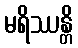
မရိဿန္တိ